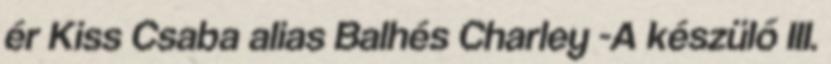
ér Kiss Csaba alias Balhés Charley -A készülő III.